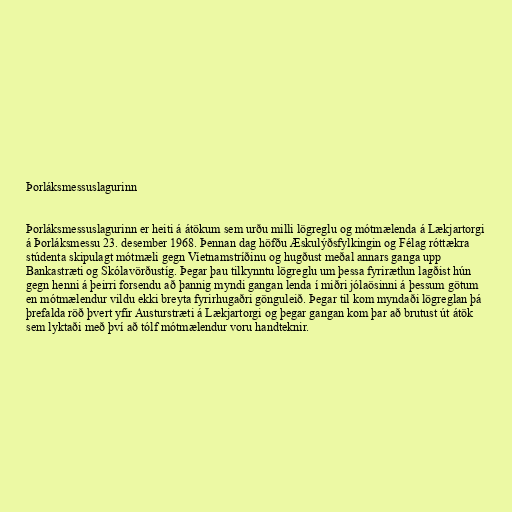
Þorláksmessuslagurinn

Þorláksmessuslagurinn er heiti á átökum sem urðu milli lögreglu og mótmælenda á Lækjartorgi
á Þorláksmessu 23. desember 1968. Þennan dag höfðu Æskulýðsfylkingin og Félag róttækra
stúdenta skipulagt mótmæli gegn Víetnamstríðinu og hugðust meðal annars ganga upp
Bankastræti og Skólavörðustíg. Þegar þau tilkynntu lögreglu um þessa fyrirætlun lagðist hún
gegn henni á þeirri forsendu að þannig myndi gangan lenda í miðri jólaösinni á þessum götum
en mótmælendur vildu ekki breyta fyrirhugaðri gönguleið. Þegar til kom myndaði lögreglan þá
þrefalda röð þvert yfir Austurstræti á Lækjartorgi og þegar gangan kom þar að brutust út átök
sem lyktaði með því að tólf mótmælendur voru handteknir.